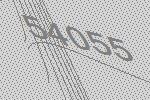
54055